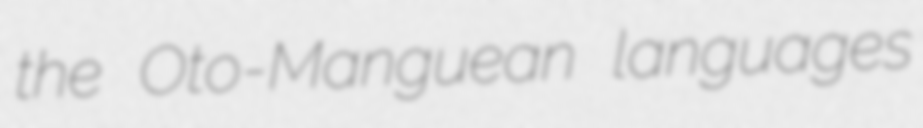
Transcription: the Oto-Manguean languages